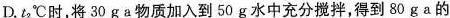
D.t_{2}^{\circ}C时，将30ga物质加入到50g水中充分搅拌，得到80ga的